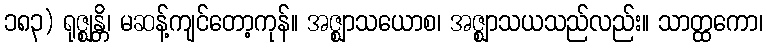
၁၈၃) ရုဇ္ဈန္တိ၊ မဆန့်ကျင်တော့ကုန်။ အဇ္ဈာသယောစ၊ အဇ္ဈာသယသည်လည်း။ သာတ္ထကော၊